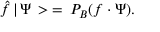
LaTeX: \hat { f } \, | \, \Psi \, > \: = \: P _ { B } ( f \cdot \Psi ) .